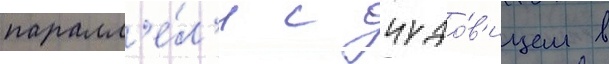
паралл'е́л'и с чудо́в'ищем в